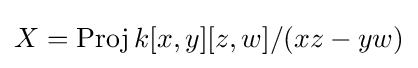
X=\operatorname {Proj} k[x,y][z,w]/(xz-yw)